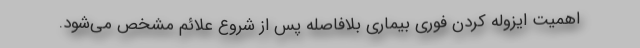
اهمیت ایزوله کردن فوری بیماری بلافاصله پس از شروع علائم مشخص می‌شود.